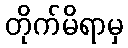
တိုက်မိရာမှ